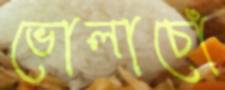
ভোলাচোঁ